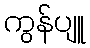
ကွန်ပျူ